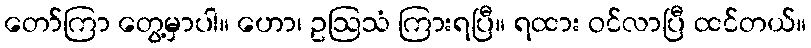
တော်ကြာ တွေ့မှာပါ။ ဟော၊ ဥဩသံ ကြားရပြီ။ ရထား ဝင်လာပြီ ထင်တယ်။